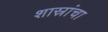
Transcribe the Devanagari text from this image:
शास्रांचा